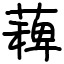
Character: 薭